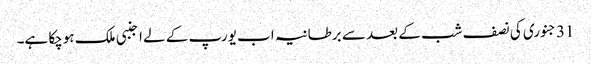
31 جنوری کی نصف شب کے بعد سے برطانیہ اب یورپ کے لے اجنبی ملک ہوچکا ہے۔